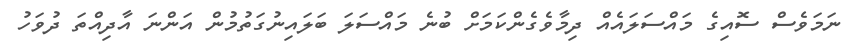
ނަމަވެސް ސޮއިގެ މައްސަލައެއް ދިމާވެގެންކަމަށް ބުނެ މައްސަލަ ބަލައިނުގަތުމުން އަންނަ އާދިއްތަ ދުވަހު